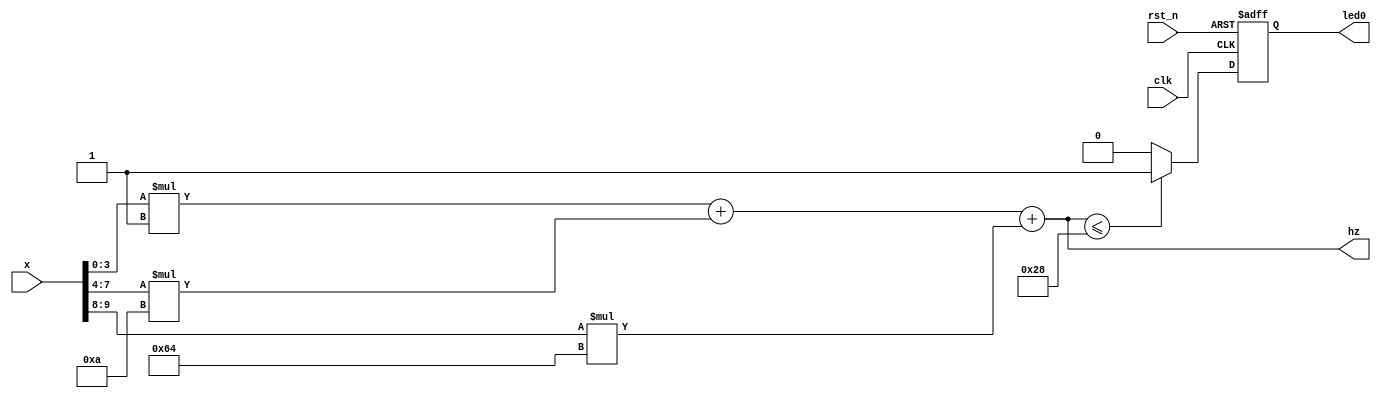
module smg2(input [9:0] x,
	  input clk,
	  input rst_n,
	  //output reg [6:0] smg_duan,
	  //output reg [3:0] smg_wei,
	  //output reg  dp,
	  output reg led0,
	  output  [9:0]hz
    );
	 
	 assign hz = x[3:0]*1 + x[7:4]*10 + x[9:8]*100;
	 
	 
	 always@(posedge clk or negedge  rst_n)
	 if(!rst_n)
	   led0 <= 0;
	 else if(hz <=40)
	   led0 <= 1;
	  else 
	   led0 <= 0;


endmodule